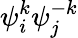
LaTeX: {\psi}_{i}^{k}{\psi}_{j}^{-k}